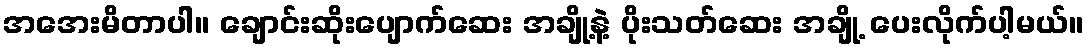
အအေးမိတာပါ။ ချောင်းဆိုးပျောက်ဆေး အချို့နဲ့ ပိုးသတ်ဆေး အချို့ ပေးလိုက်ပါ့မယ်။